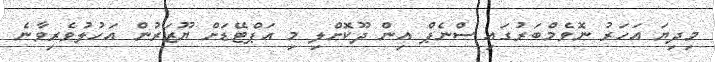
މިދިޔަ އަހަރު ނޮވެމްބަރުގައި ސްނެޕް އިން ދޫކޮށްލި މި އަޕްޓޭޑަށް ޔޫޒަރުން އަހުލުވެރިވާނެ